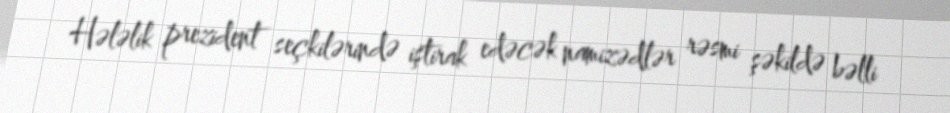
Hələlik prezident seçkilərində iştirak edəcək namizədlər rəsmi şəkildə bəlli